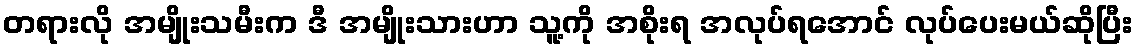
တရားလို အမျိုးသမီးက ဒီ အမျိုးသားဟာ သူ့ကို အစိုးရ အလုပ်ရအောင် လုပ်ပေးမယ်ဆိုပြီး